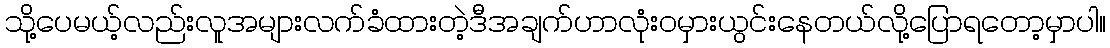
သို့ပေမယ့်လည်းလူအများလက်ခံထားတဲ့ဒီအချက်ဟာလုံးဝမှားယွင်းနေတယ်လို့ပြောရတော့မှာပါ။